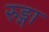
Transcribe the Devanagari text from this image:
रुङ्गा